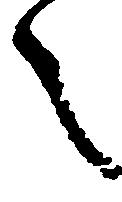
之